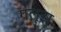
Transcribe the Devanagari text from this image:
गलूझू